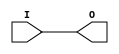
module IBUF_LVDCI_DV2_18 (O, I);

    output O;

    input  I;

	buf B1 (O, I);


endmodule